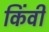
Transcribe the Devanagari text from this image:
किंवी